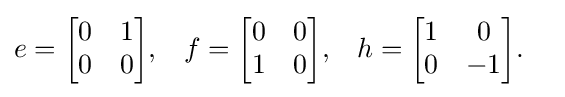
{\begin{aligned}e&={\begin{bmatrix}0&1\\0&0\end{bmatrix}},&f&={\begin{bmatrix}0&0\\1&0\end{bmatrix}},&h&={\begin{bmatrix}1&0\\0&-1\end{bmatrix}}.\end{aligned}}